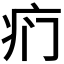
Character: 𱱊